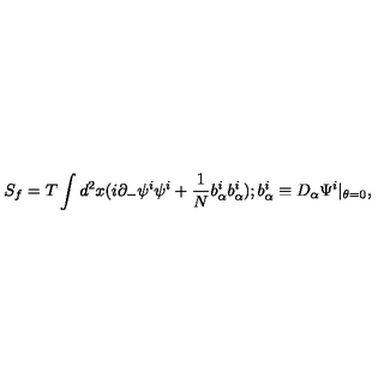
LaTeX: S _ { f } = T \int d ^ { 2 } x ( i \partial _ { - } \psi ^ { i } \psi ^ { i } + { \frac { 1 } { N } } b _ { \alpha } ^ { i } b _ { \alpha } ^ { i } ) ; b _ { \alpha } ^ { i } \equiv D _ { \alpha } \Psi ^ { i } | _ { \theta = 0 } ,